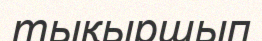
тықыршып